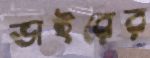
ভাইরের